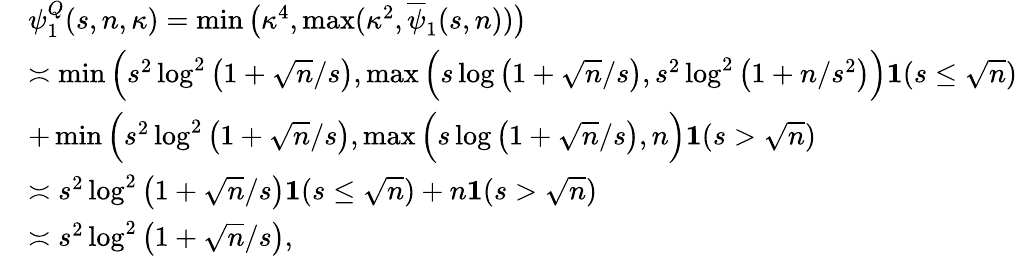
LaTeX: \begin{array}{rl}&{\psi_{1}^{Q}(s,n,\kappa)=\operatorname*{min}\big(\kappa^{4},\operatorname*{max}(\kappa^{2},\overline{{\psi}}_{1}(s,n))\big)}\\ &{\asymp\operatorname*{min}\Big(s^{2}\log^{2}\big(1+\sqrt{n}/s\big),\operatorname*{max}\Big(s\log\big(1+\sqrt{n}/s\big),s^{2}\log^{2}\big(1+n/s^{2}\big)\Big)\mathbf{1}(s\leq\sqrt{n})}\\ &{+\operatorname*{min}\Big(s^{2}\log^{2}\big(1+\sqrt{n}/s\big),\operatorname*{max}\Big(s\log\big(1+\sqrt{n}/s\big),n\Big)\mathbf{1}(s>\sqrt{n})}\\ &{\asymp s^{2}\log^{2}\big(1+\sqrt{n}/s\big)\mathbf{1}(s\leq\sqrt{n})+n\mathbf{1}(s>\sqrt{n})}\\ &{\asymp s^{2}\log^{2}\big(1+\sqrt{n}/s\big),}\end{array}